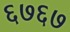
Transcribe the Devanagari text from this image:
६७६७